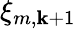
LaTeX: {\xi}_{m,\mathbf{k}+1}